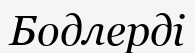
Бодлерді